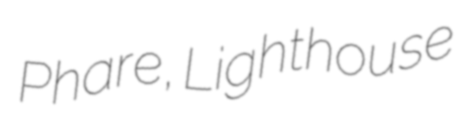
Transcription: Phare, Lighthouse